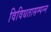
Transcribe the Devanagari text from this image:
विविधतासम्पन्न